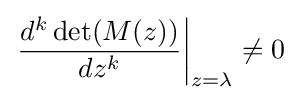
\left.{\frac {d^{k}\det(M(z))}{dz^{k}}}\right|_{z=\lambda }\neq 0